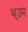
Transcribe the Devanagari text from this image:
थूउम